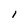
Character: l